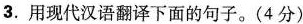
3. 用现代汉语翻译下面的句子。(4分)